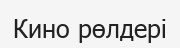
Кино рөлдері